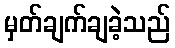
မှတ်ချက်ချခဲ့သည်